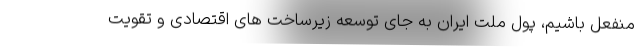
منفعل باشیم، پول ملت ایران به جای توسعه زیرساخت های اقتصادی و تقویت